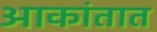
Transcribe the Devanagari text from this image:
आकांतात